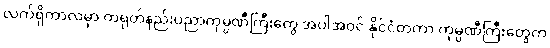
လက်ရှိကာလမှာ တရုတ်နည်းပညာကုမ္ပဏီကြီးတွေ အပါအဝင် နိုင်ငံတကာ ကုမ္ပဏီကြီးတွေက